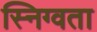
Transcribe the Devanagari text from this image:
स्निग्वता